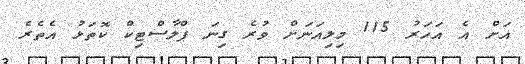
އަށް އެ އަހަރު 115 މިލިއަނަށް ވުރެ ގިނަ ޕްލާސްޓިކް ކޮތަޅު އެތެރެ